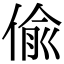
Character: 偸